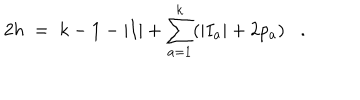
2 h \; = \; k - 1 - | I | + \sum _ { a = 1 } ^ { k } ( | I _ { a } | + 2 p _ { a } ) .